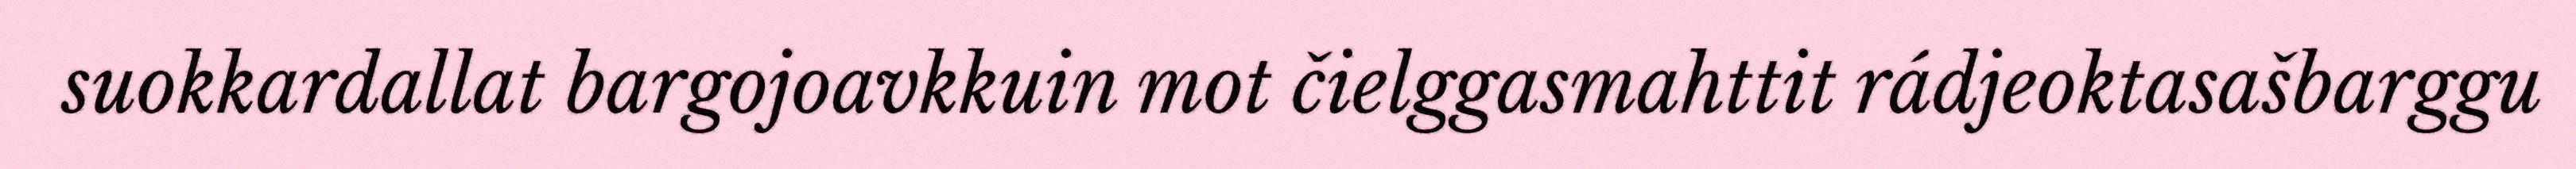
suokkardallat bargojoavkkuin mot čielggasmahttit rádjeoktasašbarggu